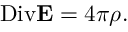
\mathrm { D i v } { \bf E } = 4 \pi \rho .